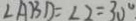
\angle A B D = \angle 2 = 3 0 ^ { \circ } .